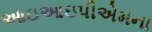
આઇઆઇપીએમના